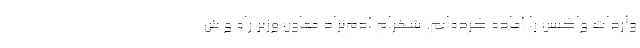
واردات واکسن را آماده کرده‌ایم. شهرام آدم‌نژاد معاون وزیر راه و ش